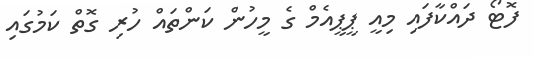
ފޮޓޯ ދައްކާފައި މިއީ ޕީޕީއެމް ގެ މީހުން ކަންތައް ހުރި ގޮތް ކަމުގައި